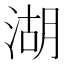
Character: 湖